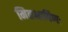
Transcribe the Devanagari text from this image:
मितभाषिणः